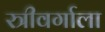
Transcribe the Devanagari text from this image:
स्त्रीवर्गाला